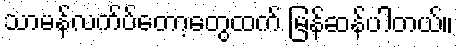
သာမန်လက်ပ်တော့တွေထက် မြန်ဆန်ပါတယ်။